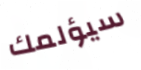
سيؤلمك